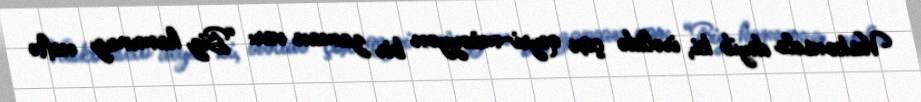
Vaskonselo deyib ki, irəlidə çox qeyri-müəyyən bir zaman var: “Biz hamımız neftə